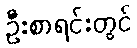
ဦးစာရင်းတွင်